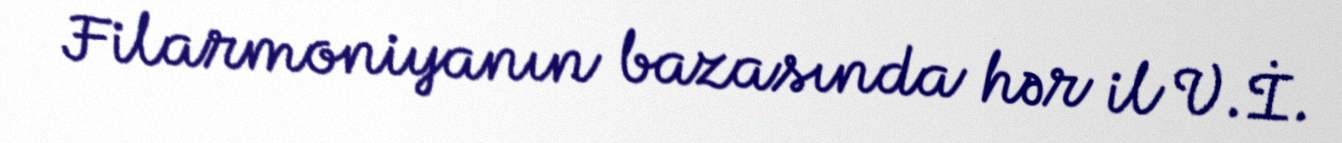
Filarmoniyanın bazasında hər il V.İ.